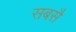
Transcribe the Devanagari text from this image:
सबसै